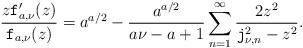
LaTeX: \begin{align*}\frac{z \mathtt{f}'_{a, \nu}(z)}{\mathtt{f}_{a, \nu}(z)}&=a^{a/2} -\frac{a^{a/2}}{a\nu-a+1}\sum_{n=1}^\infty \frac{2z^2}{\mathtt{j}^2_{\nu, n}-z^2}.\end{align*}